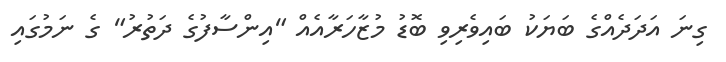
ގިނަ އަދަދެއްގެ ބަޔަކު ބައިވެރިވި ބޮޑު މުޒާހަރާއެއް "އިންސާފުގެ ދަތުރު" ގެ ނަމުގައި